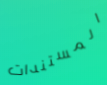
المستندات